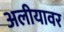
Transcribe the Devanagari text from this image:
अलीयावर